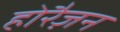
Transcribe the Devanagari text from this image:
होरैज़न